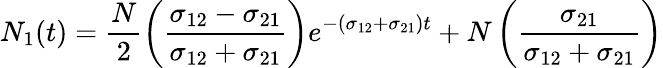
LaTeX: N_{1}(t)=\frac{N}{2}\left(\frac{\sigma_{12}-\sigma_{21}}{\sigma_{12}+\sigma_{21}}\right)e^{-(\sigma_{12}+\sigma_{21})t}+N\left(\frac{\sigma_{21}}{\sigma_{12}+\sigma_{21}}\right)